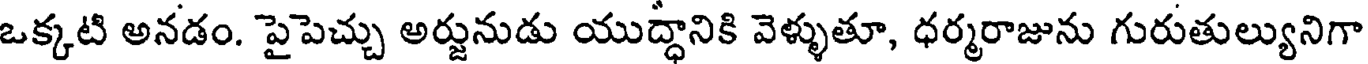
ఒక్కటి అనడం. పైపెచ్చు అర్జునుడు యుద్ధానికి వెళ్ళుతూ, ధర్మరాజును గురుతుల్యునిగా